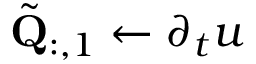
\tilde { \mathbf { Q } } _ { : , 1 } \gets \partial _ { t } u